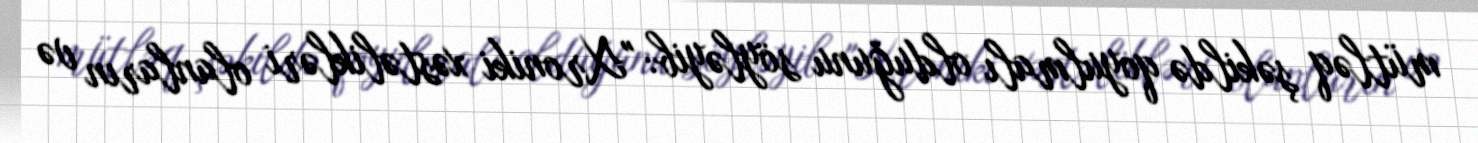
mütləq şəkildə qoyulmalı olduğunu söyləyib: "Xroniki xəstəlikləri olanların və